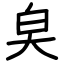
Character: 㚖